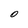
Character: O